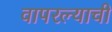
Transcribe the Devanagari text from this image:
वापरल्याची